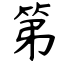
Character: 第